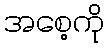
အစေ့ကို